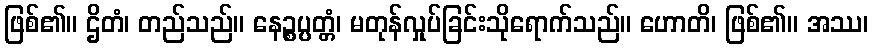
ဖြစ်၏။ ဌိတံ၊ တည်သည်။ နေဉ္စပ္ပတ္တံ၊ မတုန်လှုပ်ခြင်းသိုရောက်သည်။ ဟောတိ၊ ဖြစ်၏။ အဿ၊